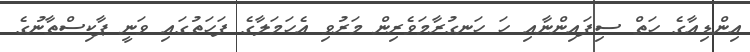
އިންޑިއާގެ ހަތް ސިފައިންނާއި ހަ ހަނގުރާމަވެރިން މަރުވި އެހަމަލާގެ ފަހަތުގައި ވަނީ ޕާކިސްތާނުގެ